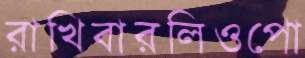
রাখিবারলিওপো